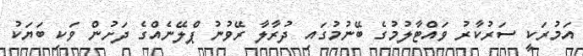
އަމުރަކީ ސަރުކާރު ވައްޓާލުމުގެ ބޭނުމުގައި ދުރާލާ ރޭވުނު ޕްލޭނެއްގެ ދަށުން ވަކި ބަޔަކު